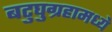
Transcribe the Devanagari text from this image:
बटुघुग्रहामध्ये